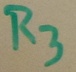
Text: R3